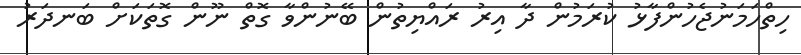
ހިތްހަމަނުޖެހުންފާޅު ކުރަމުން ދާ އިރު ރައްޔިތުން ބޭނުންވާ ގޮތް ނޫން ގޮތަކަށް ބަނދަރު